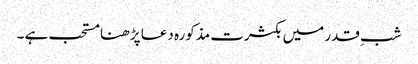
شبِ قدر میں بکثرت مذکورہ دعا پڑھنا مستحب ہے ۔